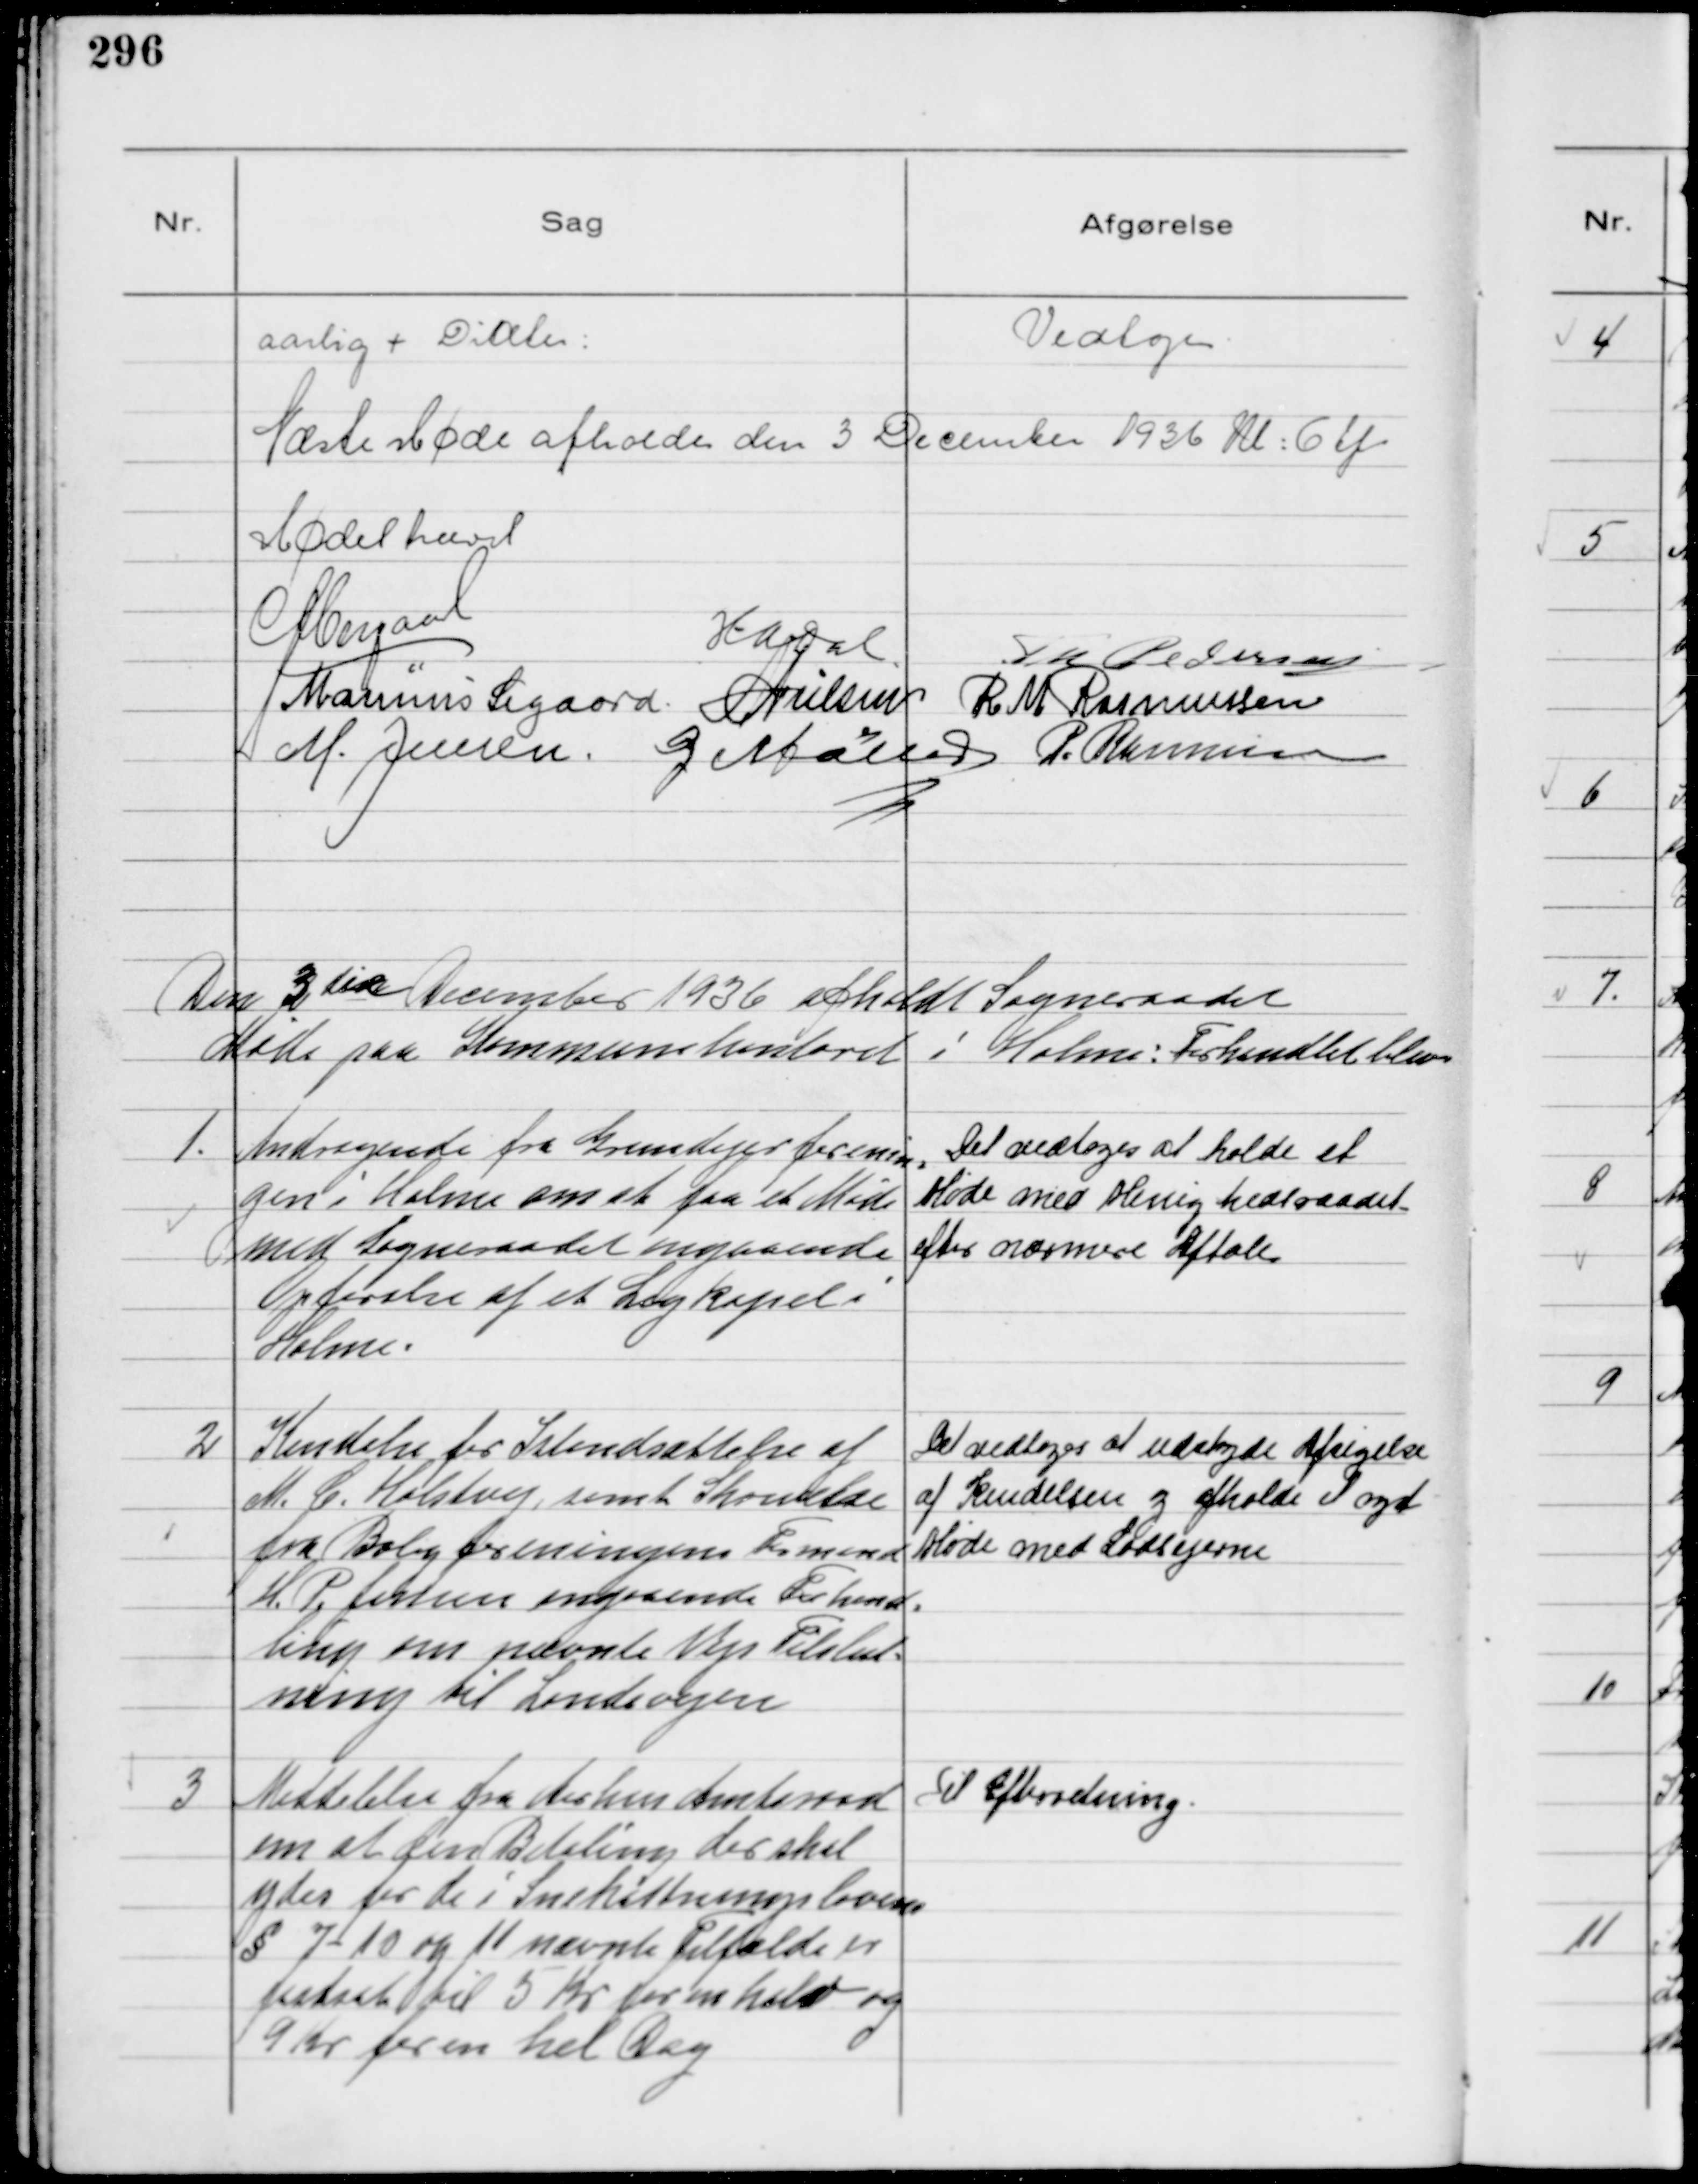
Transskription:
aarlig + Diæter

Vedtoges

Næste Møde afholdes den 3 December 1936 Kl: 6 Ef
Mødet hævet

HADal
Th Pedersen
Marinus Sigaard NNielsen R M Rasmussen
M. Jensen. G Møller P. Rasmussen

Den 3die December 1936 afholdt Sogneraadet
Møde paa Kommunekontoret i Holme: Forhandlet blev

1
Andragende fra Grundejerforenin- 
gen i Holme om at faa et Møde
med Sogneraadet angaaende
Opførelse af et Ligkapel i
Holme.

Det vedtoges at holde et
Møde med Menighedsraadet-
efter nærmere Aftale

2
Kendelse for Istandsættelse af
M. C. Holstvej, samt Skrivelse
fra Boligforeningens Formand
H. P. Jensen angaaende Forhand-
ling om private Vejs Tilslut-
ning til Landevejen

Det vedtoges at udskyde Afsigelse
af Kendelsen og afholde et nyt
Møde med Lodsejerne

3
Meddelelse fra Aarhus Amtsraad
om at den Betaling der skal
ydes for de i Snekastningslovens
§ 7 - 10 og 11 nævnte Tilfælde er
fastsat til 5 Kr for en halv og
9 Kr for en hel Dag

Til Efterretning